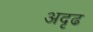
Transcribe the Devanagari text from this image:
अदृढ